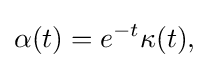
\displaystyle {\alpha (t)=e^{-t}\kappa (t),}